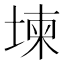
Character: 堜